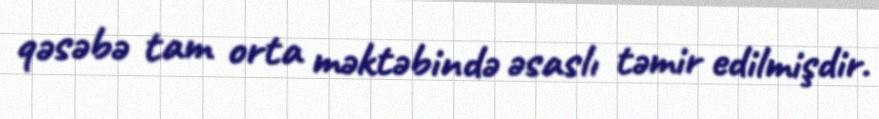
qəsəbə tam orta məktəbində əsaslı təmir edilmişdir.